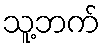
သူ့ဘက်